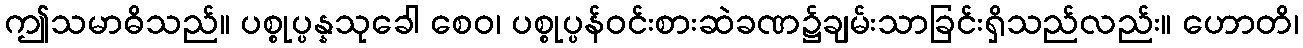
ဤသမာဓိသည်။ ပစ္စုပ္ပန္နသုခေါ စေဝ၊ ပစ္စုပ္ပန်ဝင်းစားဆဲခဏ၌ချမ်းသာခြင်းရှိသည်လည်း။ ဟောတိ၊